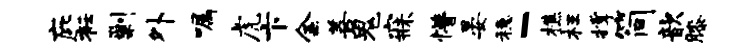
庇衽剿外嘱虎卞金善鬼寐懵晏稳-樵枉撑简歆膝